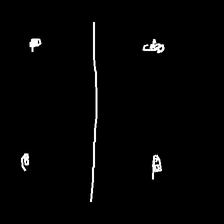
Glyph: cool